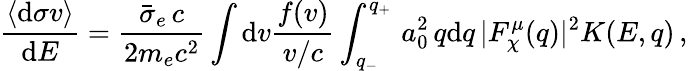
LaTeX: \frac{\langle\mathrm{d}\sigma v\rangle}{\mathrm{d}E}=\frac{\bar{\sigma}_{e}\, c}{2m_{e}c^{2}}\int\mathrm{d}v\frac{f{(v)}}{v/c}\int_{q_{-}}^{q_{+}}\, a_{0}^{2}\, q\mathrm{d}q\, |F_{\chi}^{\mu}{(q)}|^{2}K{(E,q)}\, ,